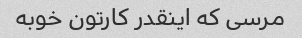
مرسی که اینقدر کارتون خوبه